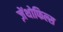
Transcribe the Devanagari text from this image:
ज़ेंथोफिल्स